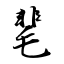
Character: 靟